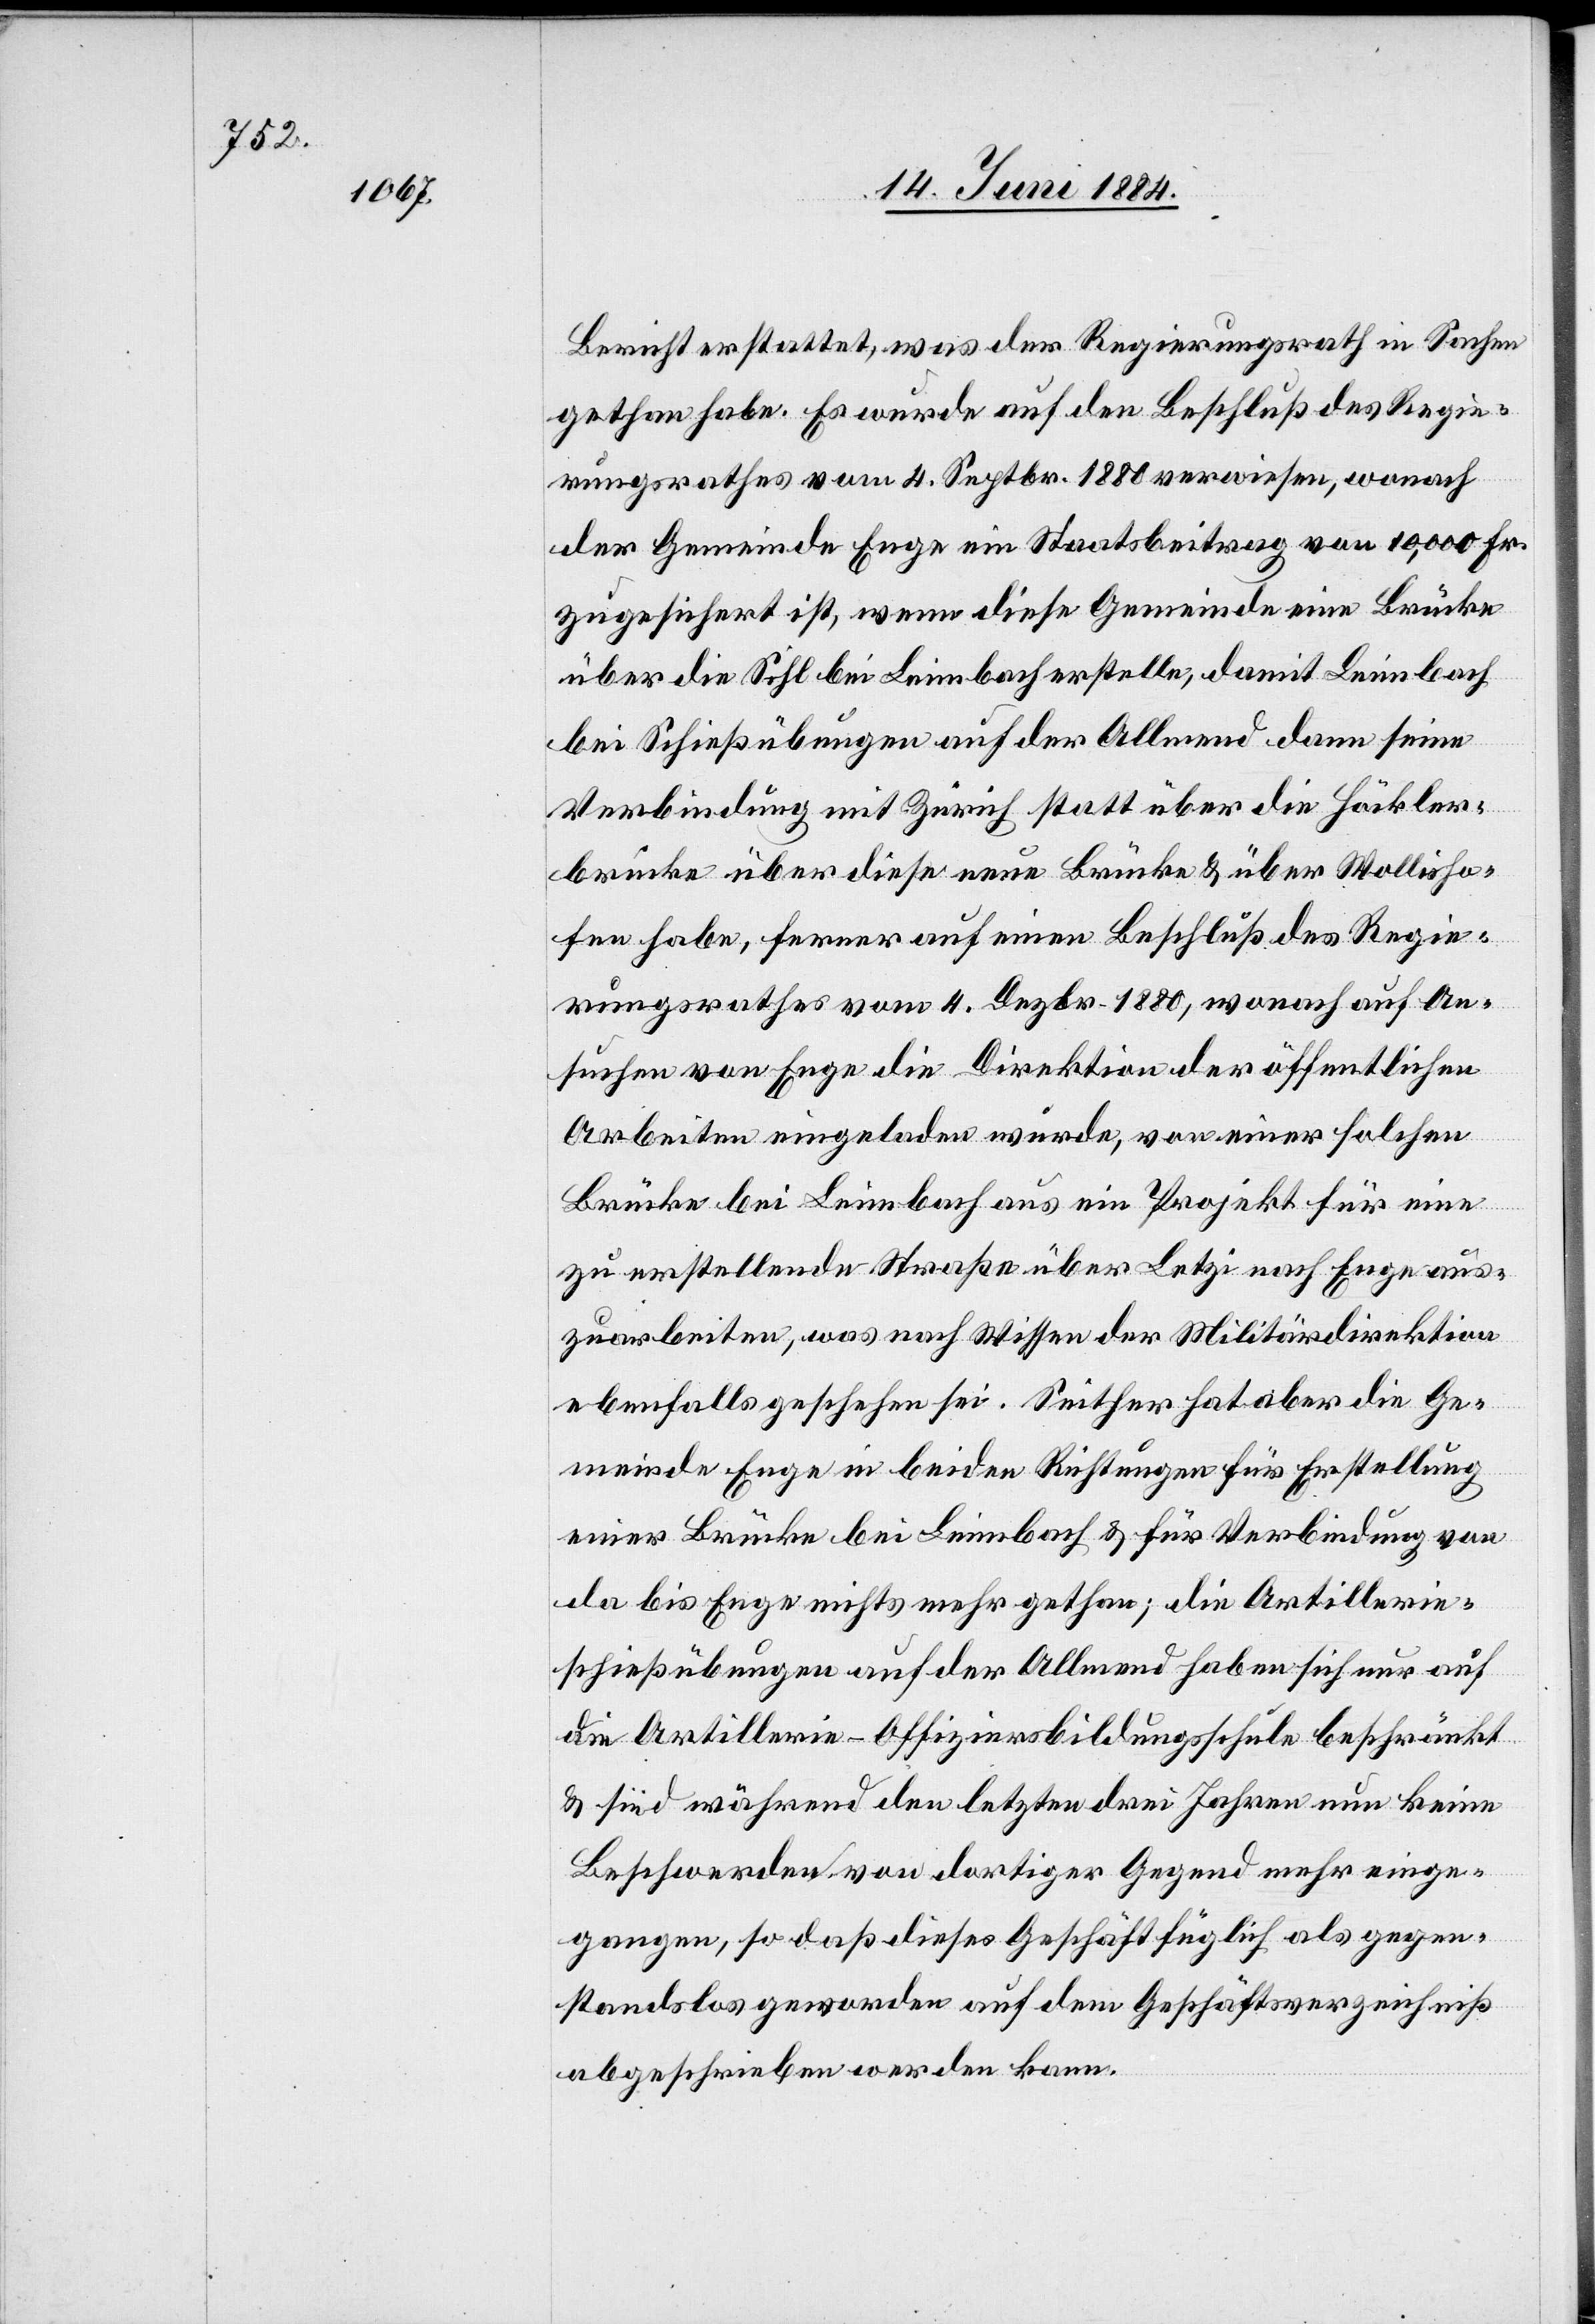
Bericht erstattet, was der Regierungsrath in Sachen
gethan habe. Es wurde auf den Beschluß des Regie¬
rungsrathes vom 4. Septbr. 1880 verwiesen, wonach
der Gemeinde Enge ein Staatsbeitrag von 10,000 Fr.
zugesichert ist, wenn diese Gemeinde eine Brücke
über die Sihl bei Leimbach erstelle, damit Leimbach
bei Schießübungen auf der Allmend dann seine
Verbindung mit Zürich statt über die Höckler¬
brücke über diese neue Brücke & über Wollisho¬
fen habe, ferner auf einen Beschluß des Regie¬
rungsrathes vom 4. Dezbr. 1880, wonach auf An¬
suchen von Enge die Direktion der öffentlichen
Arbeiten eingeladen wurde, von einer solchen
Brücke bei Leimbach aus ein Projekt für eine
zu erstellende Straße über Letzi nach Enge aus¬
zuarbeiten, was nach Wissen der Militärdirektion
ebenfalls geschehen sei. Seither hat aber die Ge¬
meinde Enge in beiden Richtungen für Erstellung
einer Brücke bei Leimbach & für Verbindung von
da bis Enge nichts mehr gethan; die Artillerie¬
schießübungen auf der Allmend haben sich nur auf
die Artillerie-Offiziersbildungsschule beschränkt
& sind während den letzten drei Jahren nun keine
Beschwerden von dortiger Gegend mehr einge¬
gangen, so daß dieses Geschäft füglich als gegen¬
standslos geworden auf dem Geschäftsverzeichniß
abgeschrieben werden kann.